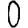
Digit: 0